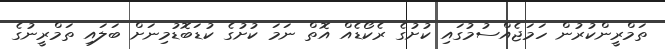
ތަމްރީންކުރުން ހަމަޖެއްސުމުގައި ކުށުގެ ރެކޯޑެއް އޮތް ނަމަ ކުށުގެ ކުޑަބޮޑުމިނަށް ބަލައި ތަމްރީނުގެ